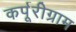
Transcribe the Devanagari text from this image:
कर्पूरीग्राम